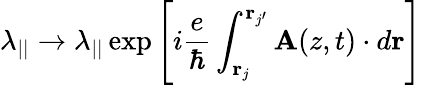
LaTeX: \lambda_{||}\to\lambda_{||}\exp\left[i\frac{e}{\hbar}\int_{{\mathbf r}_{j}}^{{\mathbf r}_{j^{\prime}}}{\mathbf A}(z,t)\cdot d{\mathbf r}\right]